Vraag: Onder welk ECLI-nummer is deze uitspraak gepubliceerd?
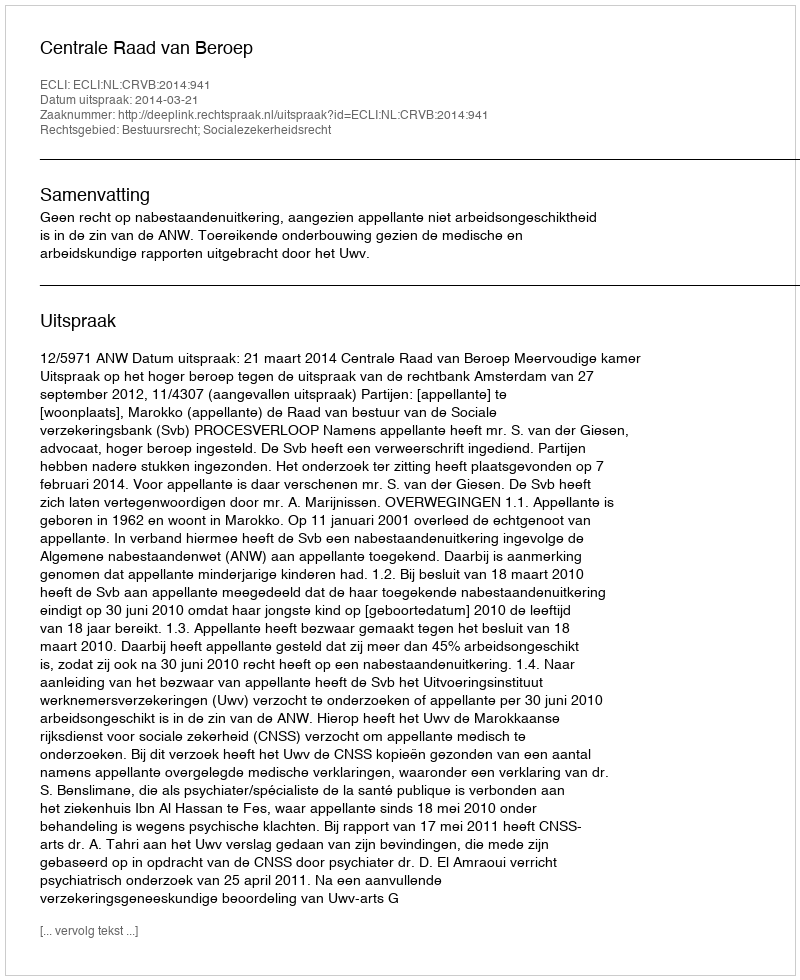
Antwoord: ECLI:NL:CRVB:2014:941